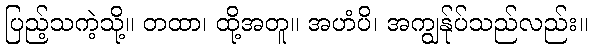
ပြည့်သကဲ့သို့။ တထာ၊ ထို့အတူ။ အဟံပိ၊ အကျွန်ုပ်သည်လည်း။